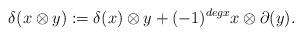
LaTeX: \begin{align*}\delta(x\otimes y):=\delta(x)\otimes y + (-1)^{deg x}x\otimes \partial(y).\end{align*}